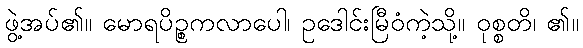
ဖွဲ့အပ်၏။ မောရပိဉ္စကလာပေါ၊ ဥဒေါင်းမြီဝံကဲ့သို့။ ဝုစ္စတိ၊ ၏။